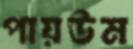
পায়উম